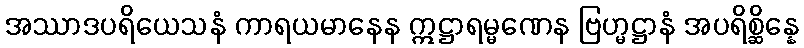
အဿာဒပရိယေသနံ ကာရယမာနေန ဣဋ္ဌာရမ္မဏေန ဗြဟ္မဋ္ဌာနံ အပရိစ္ဆိန္နေ